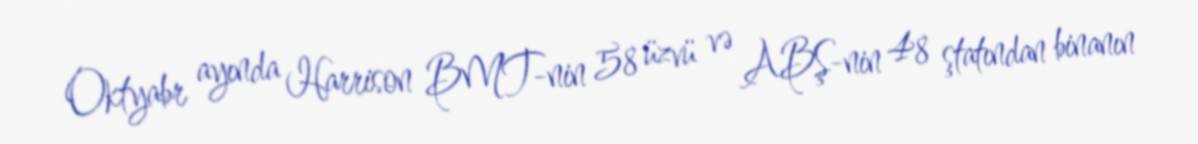
Oktyabr ayında Harrison BMT-nin 58 üzvü və ABŞ-nin 48 ştatından binanın